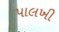
પાલખી